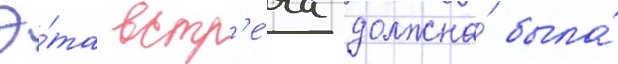
Э́та встр'е́ча должна́ была́